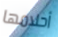
أحلامها